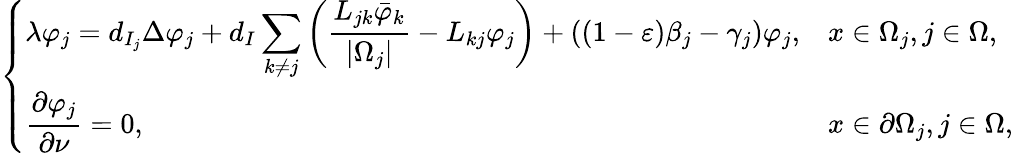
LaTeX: \left\{ \begin{array}{ll}{\displaystyle\lambda\varphi_{j}=d_{I_{j}}\Delta\varphi_{j}+d_{I}\sum_{k\neq j}\left(\frac{L_{jk}\bar{\varphi}_{k}}{|\Omega_{j}|}-L_{kj}\varphi_{j}\right)+((1-\varepsilon)\beta_{j}-\gamma_{j})\varphi_{j},}&{x\in\Omega_{j},j\in\Omega,}\\ {\displaystyle\frac{\partial\varphi_{j}}{\partial\nu}=0,}&{x\in\partial\Omega_{j},j\in\Omega,}\end{array}\right.